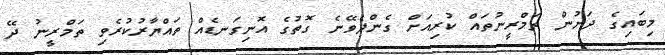
މިބައިގެ ދަށުން ތަމްރީނުތައް ކުރިއަށް ގެންދެވޭނެ ގޮތުގެ އޮނިގަނޑެއް ތައްޔާރުކުރެވި ތަމްރީނު ދޭ